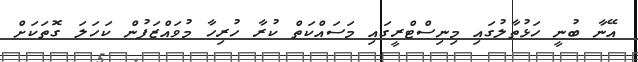
އޭނާ ބުނީ ހަޅުތާލުގައި މިނިސްޓްރީގައި މަސައްކަތް ކުރާ ހުރިހާ މުވައްޒަފުން ކަހަލަ ގޮތަކަށް